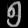
Digit: ၅